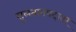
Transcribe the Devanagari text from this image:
सुलतानपदावर